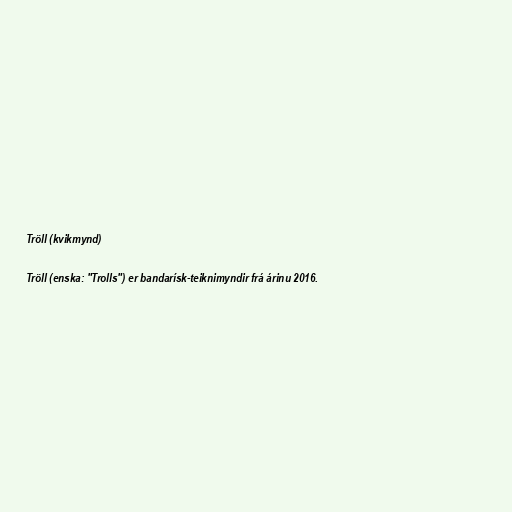
Tröll (kvikmynd)

Tröll (enska: "Trolls") er bandarísk-teiknimyndir frá árinu 2016.